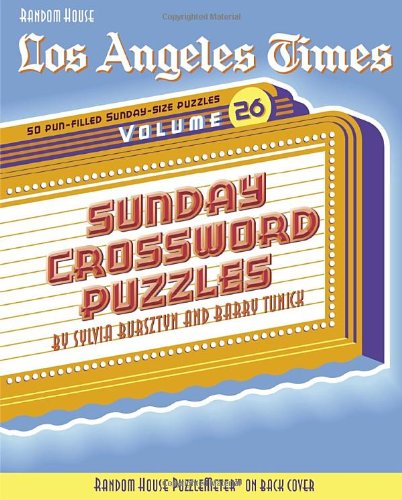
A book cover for Los Angeles Times Sunday Crossword Puzzles, Volume 26 (The Los Angeles Times); Barry Tunick; Humor & Entertainment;